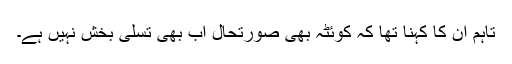
تاہم ان کا کہنا تھا کہ کوئٹہ بھی صورتحال اب بھی تسلی بخش نہیں ہے۔